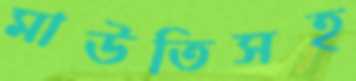
মাউতিসহ